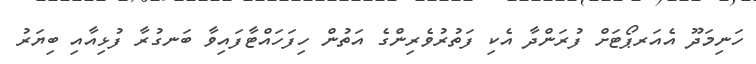
ހަނިމަދޫ އެއަރޕޯޓަށް ފުރަންދާ އެކި ފަތުރުވެރިންގެ އަތުން ހިފަހައްޓާފައިވާ ބަނގުރާ ފުޅިއާއި ބިޔަރު